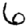
Digit: 6